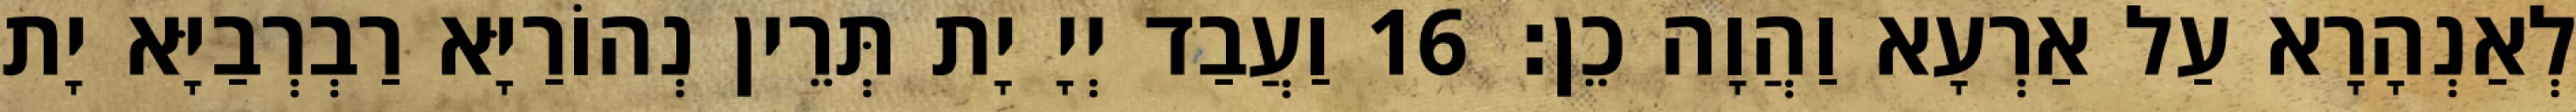
לְאַנְהָרָא עַל אַרְעָא וַהֲוָה כֵן׃ 16 וַעֲבַד יְיָ יָת תְּרֵין נְהוֹרַיָּא רַבְרְבַיָּא יָת